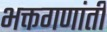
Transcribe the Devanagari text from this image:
भक्तगणांती